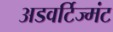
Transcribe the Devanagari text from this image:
अडवर्टिज्मंट